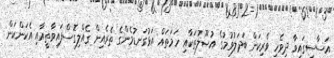
އަސާސީގައިވާ ދިވެހި ވެރިކަން ބަދަލުވުމުގެ އުޞޫލުތަކާއި ހަމަތައް އަޅުގަނޑުމެންގެ ތެރެއިން ގެއްލިގޮސްފައިވާތީއާއި އެކަންކަން